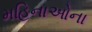
મહિનાઓના